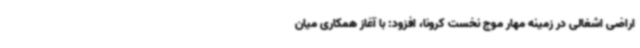
اراضی اشغالی در زمینه مهار موج نخست کرونا، افزود: با آغاز همکاری میان